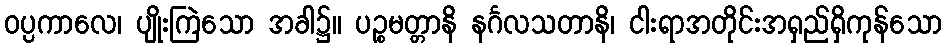
ဝပ္ပကာလေ၊ ပျိုးကြဲသော အခါ၌။ ပဉ္စမတ္တာနိ နင်္ဂလသတာနိ၊ ငါးရာအတိုင်းအရှည်ရှိကုန်သော